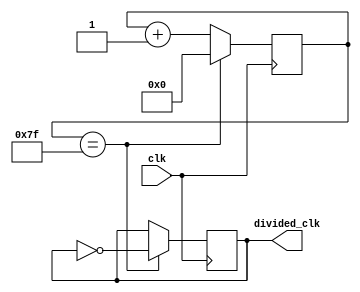
module ripple_counter_clock_divider (
    input wire clk,
    output reg divided_clk
);

reg [7:0] count;

always @(posedge clk) begin
    if (count == 7'hFF) begin
        count <= 0;
        divided_clk <= ~divided_clk;
    end else begin
        count <= count + 1;
    end
end

endmodule